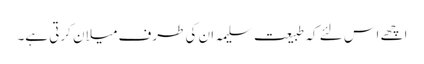
اچھے اس لئے کہ طبیعت سلیمہ ان کی طرف میلان کرتی ہے۔